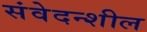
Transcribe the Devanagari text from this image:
संवेदन्शील